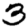
Digit: 3